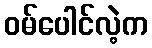
ဝမ်ပေါင်လဲ့က